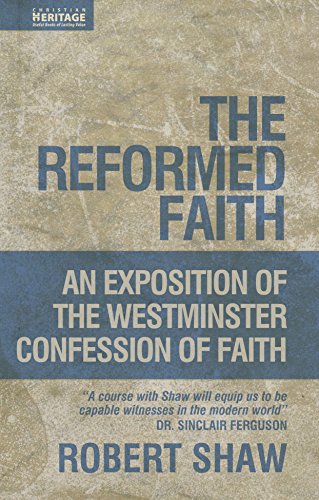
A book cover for The Reformed Faith: An Exposition of the Westminster Confession of Faith; Robert Shaw; Christian Books & Bibles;